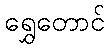
ရွှေတောင်